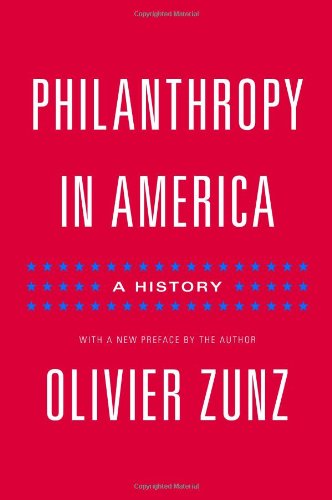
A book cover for Philanthropy in America: A History (Politics and Society in Twentieth-Century America); Olivier Zunz; Politics & Social Sciences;